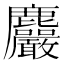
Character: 𪋹